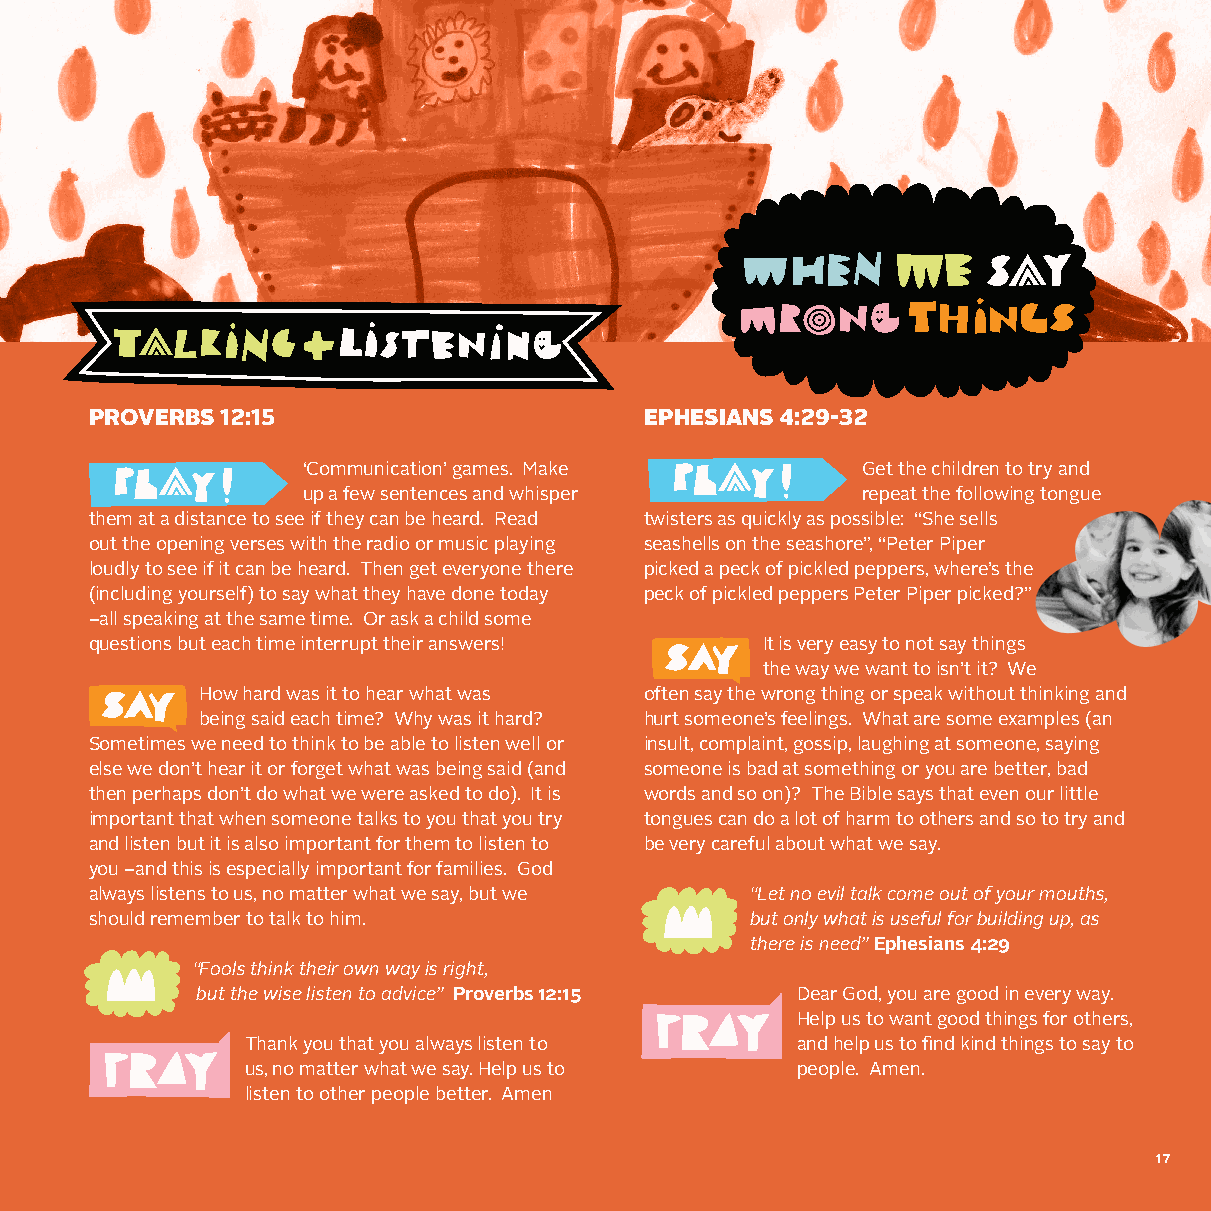
PROVERBS 12:15                       EPHESIANS 4:29-32
 ‘Communication’ games. Make          Get the children to try and
 up a few sentences and whisper       repeat the following tongue
 them at a distance to see if they can be heard. Read twisters as quickly as possible: “She sells
 out the opening verses with the radio or music playing seashells on the seashore”, “Peter Piper
 loudly to see if it can be heard. Then get everyone there picked a peck of pickled peppers, where’s the
 (including yourself) to say what they have done today peck of pickled peppers Peter Piper picked?”
 –all speaking at the same time. Or ask a child some
 questions but each time interrupt their answers! It is very easy to not say things
 the way we want to isn’t it? We
 How hard was it to hear what was often say the wrong thing or speak without thinking and
 being said each time? Why was it hard? hurt someone’s feelings. What are some examples (an
 Sometimes we need to think to be able to listen well or insult, complaint, gossip, laughing at someone, saying
 else we don’t hear it or forget what was being said (and someone is bad at something or you are better, bad
 then perhaps don’t do what we were asked to do). It is words and so on)? The Bible says that even our little
 important that when someone talks to you that you try tongues can do a lot of harm to others and so to try and
 and listen but it is also important for them to listen to be very careful about what we say.
 you –and this is especially important for families. God
 always listens to us, no matter what we say, but we “Let no evil talk come out of your mouths,
 should remember to talk to him.             but only what is useful for building up, as
 there is need” Ephesians 4:29
 “Fools think their own way is right,
 but the wise listen to advice” Proverbs 12:15 Dear God, you are good in every way.
 Help us to want good things for others,
 Thank you that you always listen to  and help us to find kind things to say to
 us, no matter what we say. Help us to people. Amen.
 listen to other people better. Amen
 17